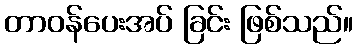
တာဝန်ပေးအပ် ခြင်း ဖြစ်သည်။